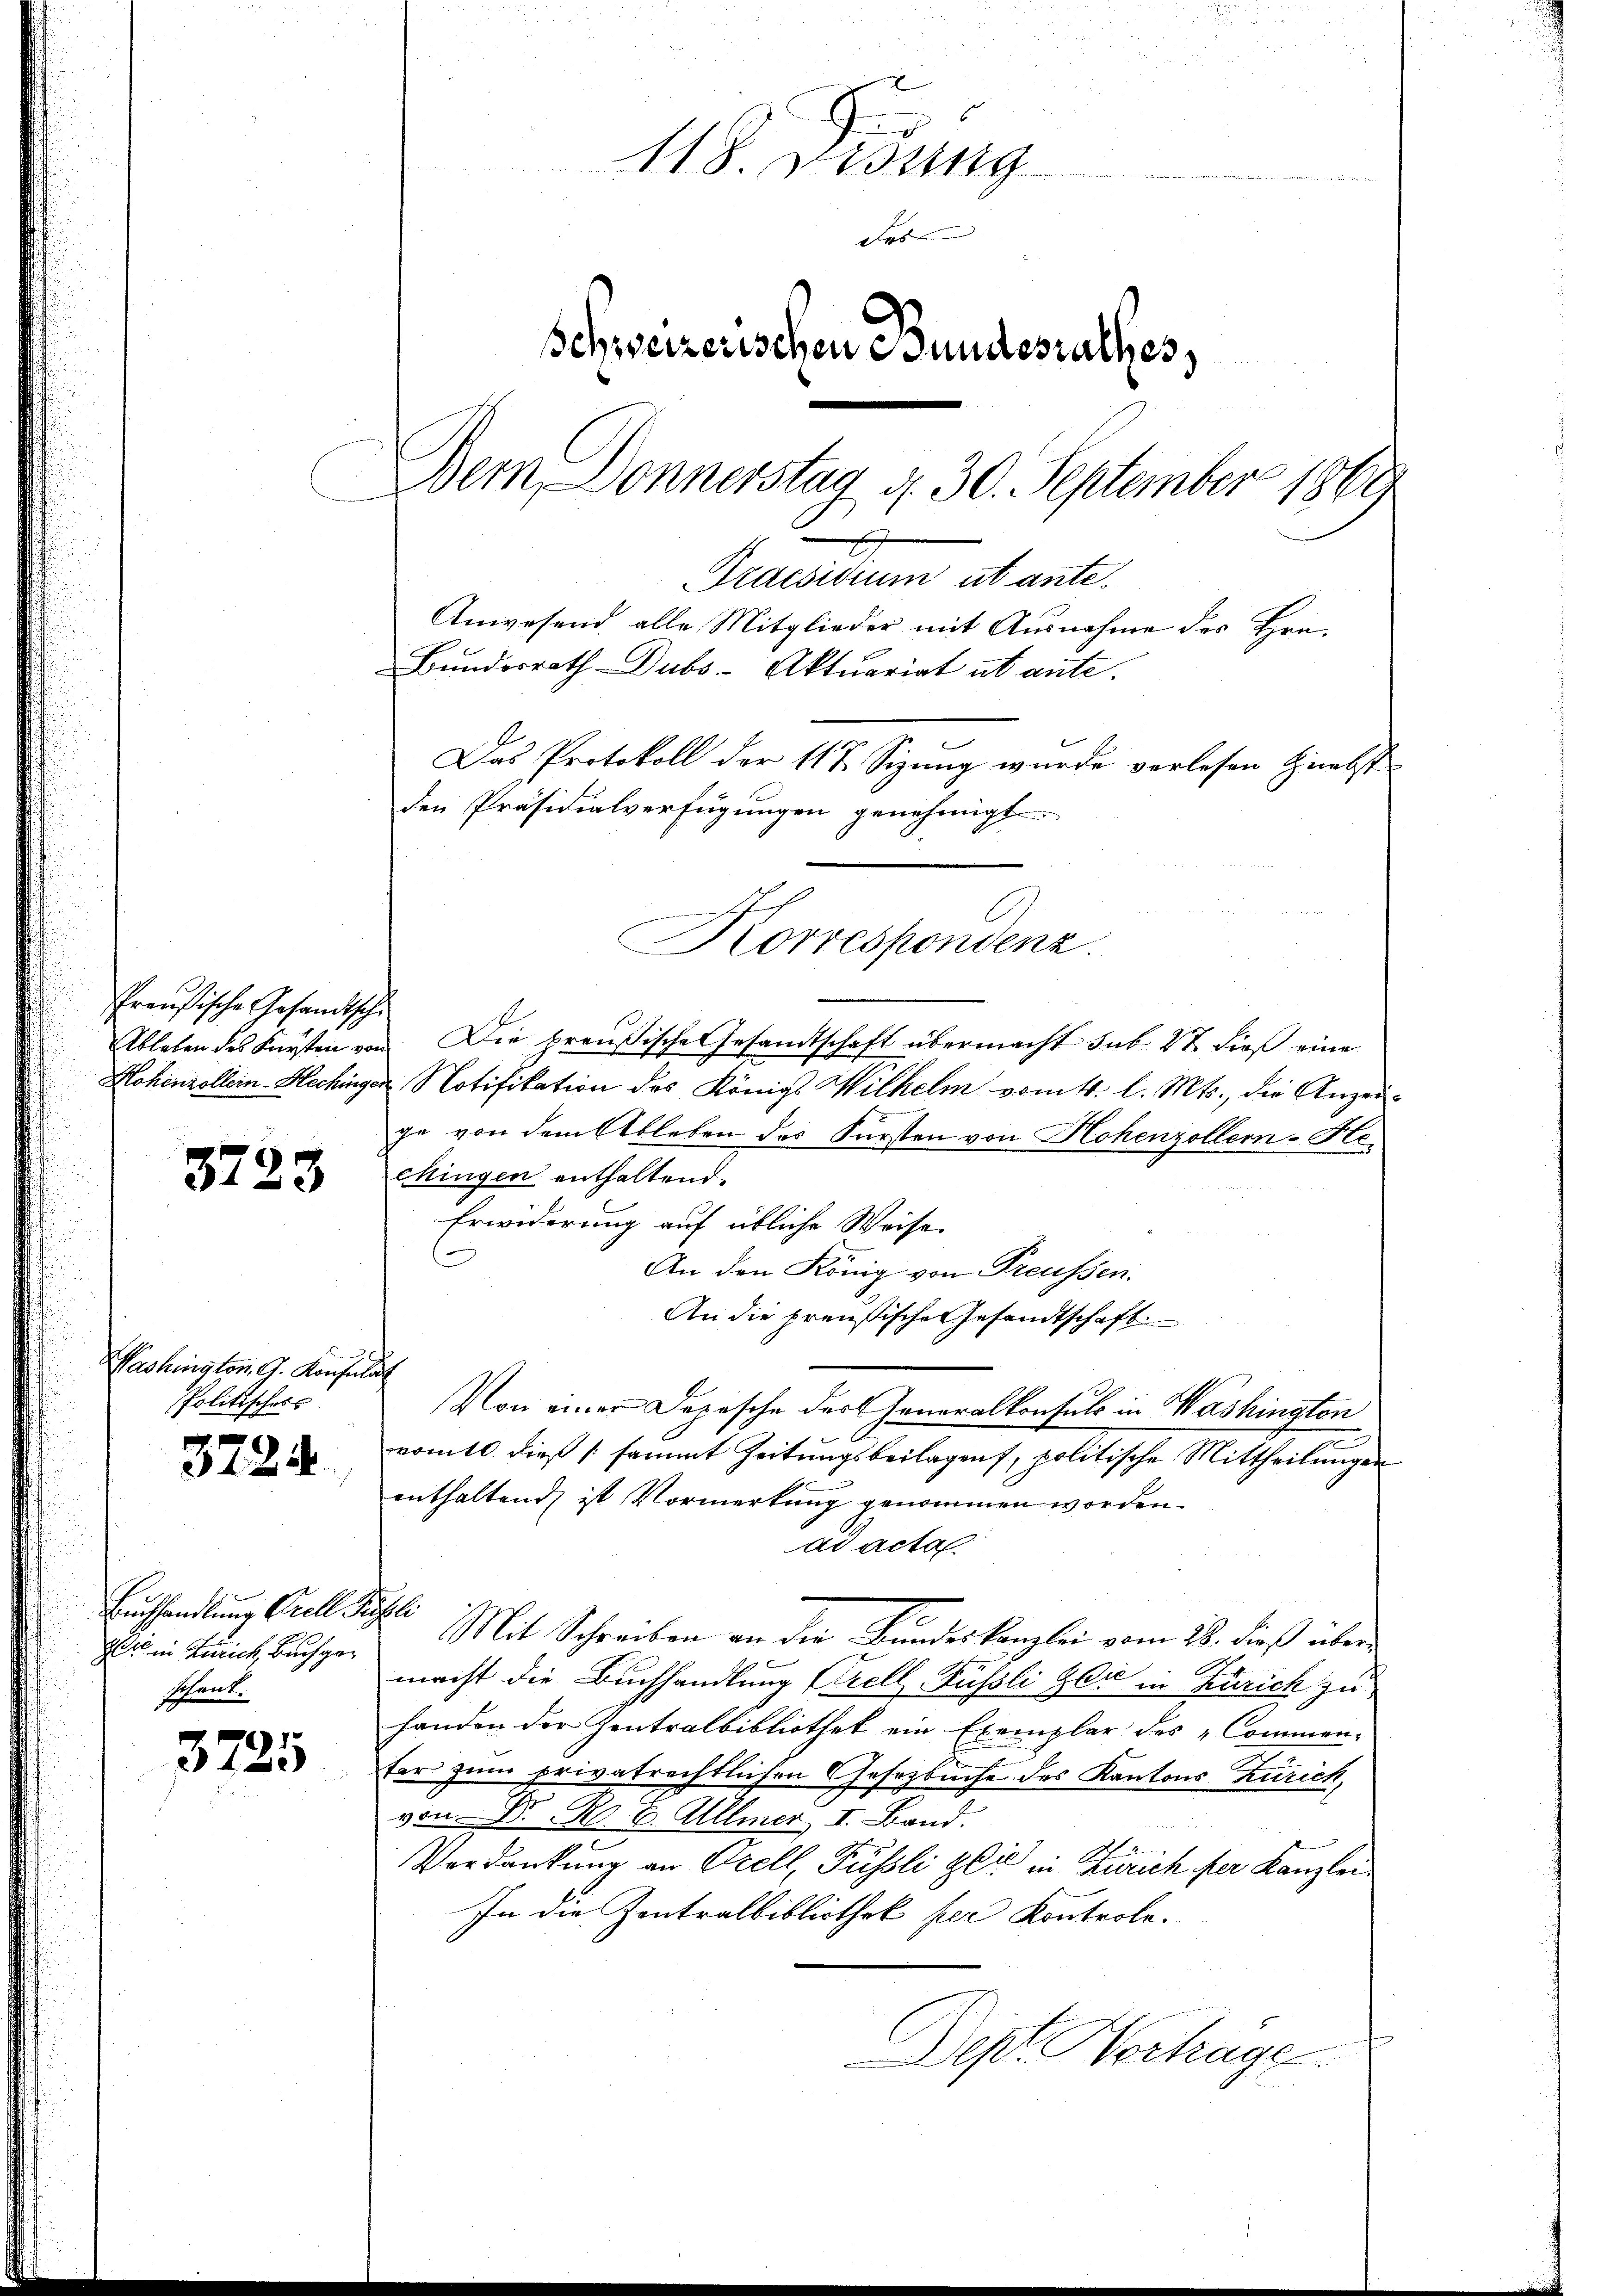
Preußische Gesandtschi
Ableben des Fürsten von
Hohenzollein-Hechinger

3723

Washington G. Konsuls
Politisches

3724.

Eishandlung Crell Se
r in Zürich, Buch gesant.

2)
te

118. Disung
das
Schweizerischen Bundesrathes,
Dem Donnerstag d. 30. September 1869
Praesidium ut ante¬
Anwesend alle Mitglieder mit Ausnahme des Hrn.
Bundesrath Dubs-Aktuariat ut ante.
Das Protokoll der 117 Sizung wurde verlesen nebst
den Präsidialverfügungen genehmigt.

Korrespondenz

Die preußische Gesandtschaft übermacht sub 27. dieß eine
Notifikation des Königl. Wilhelm vom 4. l. Mts., die Anzeige von dem Ableben des Fürsten von Hohenzoller-Hechingen enthaltend.
Erwiderung auf übliche Weise
An den König von Preussen.
An die preußische Gesandtschaft.
s
Von einer Depesche des Generalkonsuls in Washington
vom 10. dieß sammt Zeitungsbeilagen, politische Mittheilungen
enthaltend ist Vormerkung genommen worden.
ad acta
ll
Mit Schreiben an der Bŭndeskanzlei vom 28. dieß übermacht die Buchhandlung Krell Füssli Gli in Zürich zu
handen der Zentralbibliothek ein Exemplar des Commen-
fer zum privatrechtlichen Gesetzbuche des Kantons Zürich,
von Dr. R. B. Allmer I. Band.
Verdankung an Orell, Füssli Zeit in Zürich per Kanzlei
In die Zentralbibliothek per Kontrole.
Dept. Hortrage